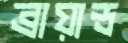
ব্রায়ান্ড